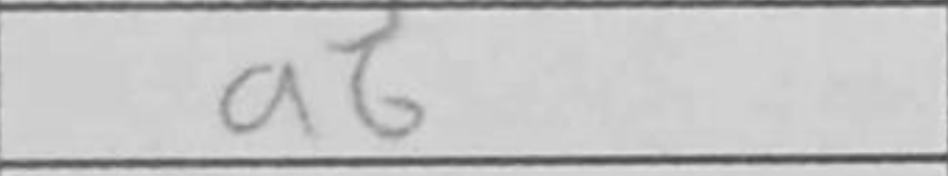
Transcription: a6